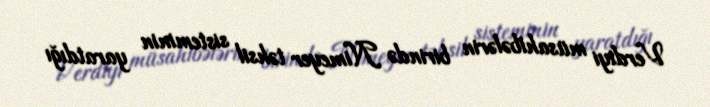
Verdiyi müsahibələrin birində Nimeyer təhsil sisteminin yaratdığı